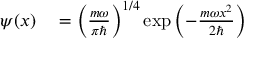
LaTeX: \begin{array} { r l } { \psi ( x ) } & { { } = \left( { \frac { m \omega } { \pi \hbar } } \right) ^ { 1 / 4 } \exp { \left( - { \frac { m \omega x ^ { 2 } } { 2 \hbar } } \right) } } \end{array}